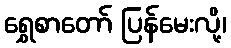
ရွှေစာတော် ပြန်မေးလို့၊